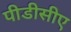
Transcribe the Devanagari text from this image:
पीडीसीए